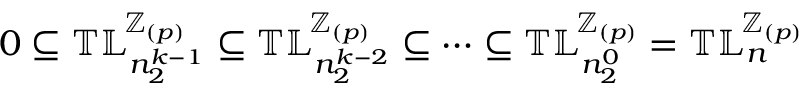
0 \subseteq { \mathbb { T L } } _ { n _ { 2 } ^ { k - 1 } } ^ { \! { \mathbb Z } _ { ( p ) } } \subseteq { \mathbb { T L } } _ { n _ { 2 } ^ { k - 2 } } ^ { \! { \mathbb Z } _ { ( p ) } } \subseteq \cdots \subseteq { \mathbb { T L } } _ { n _ { 2 } ^ { 0 } } ^ { \! { \mathbb Z } _ { ( p ) } } = { \mathbb { T L } } _ { n } ^ { \! { \mathbb Z } _ { ( p ) } }